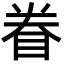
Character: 眷